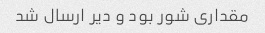
مقداری شور بود و دیر ارسال شد